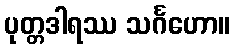
ပုတ္တဒါရဿ သင်္ဂဟော။